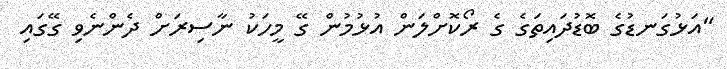
"އަޅުގަނޑުގެ ބޮޑުދައިތަގެ ގެ ރޯކޮށްލަން އުޅުމުން ގޭ މީހަކު ނާސިރަށް ދެންނެވި ގޭގައި